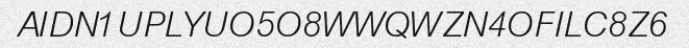
AIDN1UPLYUO5O8WWQWZN4OFILC8Z6